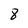
Character: 8